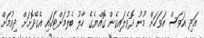
އަދި އަވަސް އަވަހަށް މޫނު ދޮވެލައިގެން ގޮއްޔެގެ ހާލު ބެލުމަށްޓަކައި އެގޭދޮށަށް ދިއުމަށް